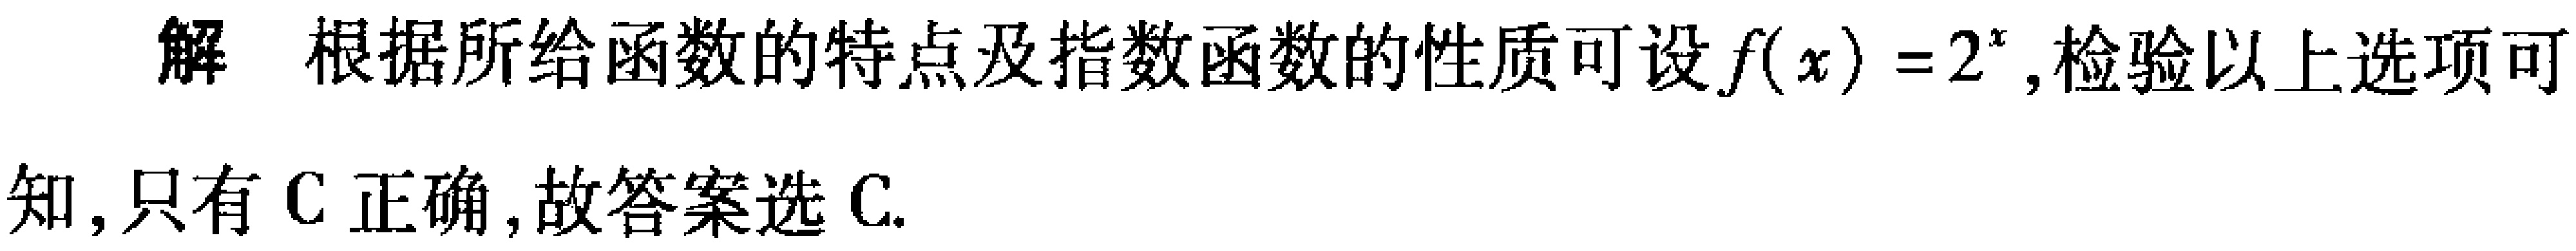
解 根据所给函数的特点及指数函数的性质可设\(f(x)=2^{x}\),检验以上选项可知,只有C正确,故答案选C.